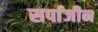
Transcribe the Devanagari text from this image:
सर्पाजीन